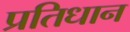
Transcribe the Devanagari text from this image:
प्रतिधान